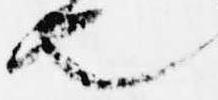
也